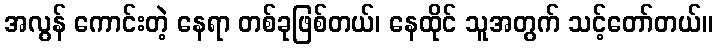
အလွန် ကောင်းတဲ့ နေရာ တစ်ခုဖြစ်တယ်၊ နေထိုင် သူအတွက် သင့်တော်တယ်။